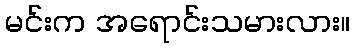
မင်းက အရောင်းသမားလား။